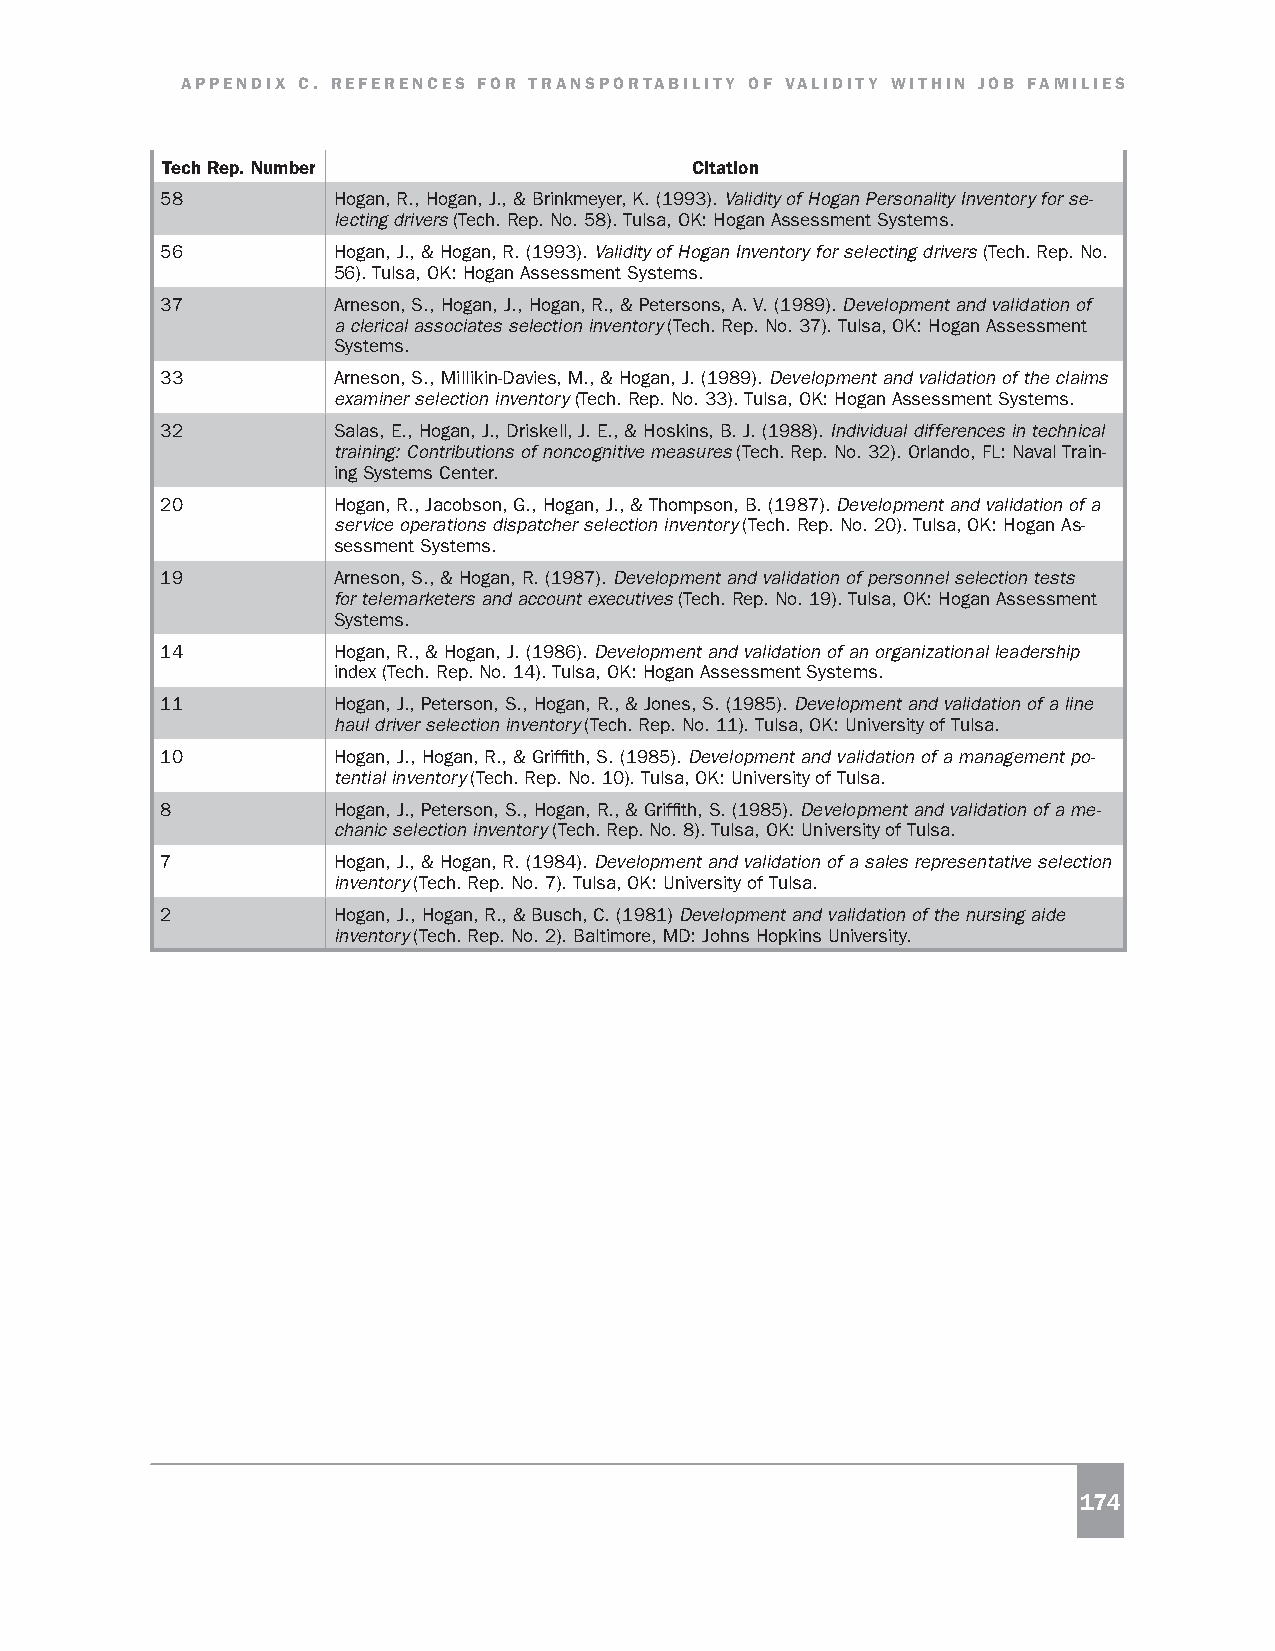
APPENDIX C. REFERENCES FOR TRANSPORTABILITY OF VALIDITY WITHIN JOB FAMILIES
 Tech Rep. Number                   Citation
 58         Hogan, R., Hogan, J., & Brinkmeyer, K. (1993). Validity of Hogan Personality Inventory for se-
 lecting drivers (Tech. Rep. No. 58). Tulsa, OK: Hogan Assessment Systems.
 56         Hogan, J., & Hogan, R. (1993). Validity of Hogan Inventory for selecting drivers (Tech. Rep. No.
 56). Tulsa, OK: Hogan Assessment Systems.
 37         Arneson, S., Hogan, J., Hogan, R., & Petersons, A. V. (1989). Development and validation of
 a clerical associates selection inventory (Tech. Rep. No. 37). Tulsa, OK: Hogan Assessment
 Systems.
 33         Arneson, S., Millikin-Davies, M., & Hogan, J. (1989). Development and validation of the claims
 examiner selection inventory (Tech. Rep. No. 33). Tulsa, OK: Hogan Assessment Systems.
 32         Salas, E., Hogan, J., Driskell, J. E., & Hoskins, B. J. (1988). Individual differences in technical
 training: Contributions of noncognitive measures (Tech. Rep. No. 32). Orlando, FL: Naval Train-
 ing Systems Center.
 20         Hogan, R., Jacobson, G., Hogan, J., & Thompson, B. (1987). Development and validation of a
 service operations dispatcher selection inventory (Tech. Rep. No. 20). Tulsa, OK: Hogan As-
 sessment Systems.
 19         Arneson, S., & Hogan, R. (1987). Development and validation of personnel selection tests
 for telemarketers and account executives (Tech. Rep. No. 19). Tulsa, OK: Hogan Assessment
 Systems.
 14         Hogan, R., & Hogan, J. (1986). Development and validation of an organizational leadership
 index (Tech. Rep. No. 14). Tulsa, OK: Hogan Assessment Systems.
 11         Hogan, J., Peterson, S., Hogan, R., & Jones, S. (1985). Development and validation of a line
 haul driver selection inventory (Tech. Rep. No. 11). Tulsa, OK: University of Tulsa.
 10         Hogan, J., Hogan, R., & Griffith, S. (1985). Development and validation of a management po-
 tential inventory (Tech. Rep. No. 10). Tulsa, OK: University of Tulsa.
 8          Hogan, J., Peterson, S., Hogan, R., & Griffith, S. (1985). Development and validation of a me-
 chanic selection inventory (Tech. Rep. No. 8). Tulsa, OK: University of Tulsa.
 7          Hogan, J., & Hogan, R. (1984). Development and validation of a sales representative selection
 inventory (Tech. Rep. No. 7). Tulsa, OK: University of Tulsa.
 2          Hogan, J., Hogan, R., & Busch, C. (1981) Development and validation of the nursing aide
 inventory (Tech. Rep. No. 2). Baltimore, MD: Johns Hopkins University.
 174